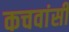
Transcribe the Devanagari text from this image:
कचवांसी